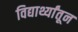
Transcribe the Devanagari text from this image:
विद्यार्थ्यांतून